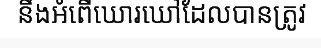
នឹងអំពើឃោរឃៅដែលបានត្រូវ